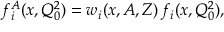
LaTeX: f _ { i } ^ { A } ( x , Q _ { 0 } ^ { 2 } ) = w _ { i } ( x , A , Z ) \, f _ { i } ( x , Q _ { 0 } ^ { 2 } ) ,